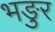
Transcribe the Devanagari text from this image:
भङुर